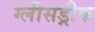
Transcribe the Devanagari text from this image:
ग्लीसड्रीक